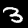
Label: 3